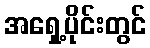
အရှေ့ပိုင်းတွင်